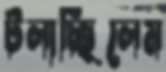
টলাচ্ছিলেম